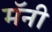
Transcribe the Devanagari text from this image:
मॅनी